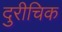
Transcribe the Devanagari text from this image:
दुरीचिक